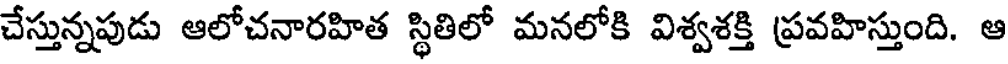
చేస్తున్నపుడు ఆలోచనారహిత స్థితిలో మనలోకి విశ్వశక్తి ప్రవహిస్తుంది. ఆ